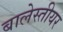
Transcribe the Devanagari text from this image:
बालेस्तीयर